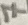
Text: 7